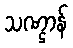
သဏ္ဌာန်